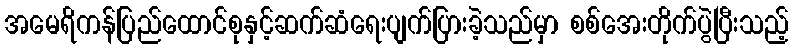
အမေရိကန်ပြည်ထောင်စုနှင့်ဆက်ဆံရေးပျက်ပြားခဲ့သည်မှာ စစ်အေးတိုက်ပွဲပြီးသည့်